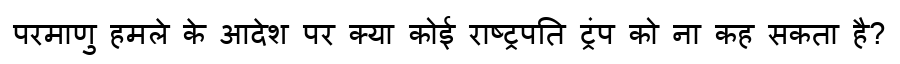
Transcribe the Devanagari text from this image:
परमाणु हमले के आदेश पर क्या कोई राष्ट्रपति ट्रंप को ना कह सकता है?